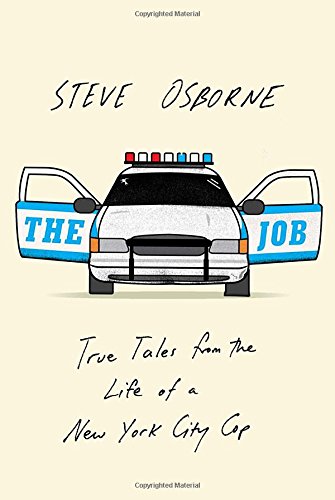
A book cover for The Job: True Tales from the Life of a New York City Cop; Steve Osborne; Humor & Entertainment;